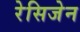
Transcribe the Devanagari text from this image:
रेसिजेन